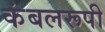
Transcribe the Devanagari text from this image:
कंबलरूपी